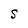
Character: S